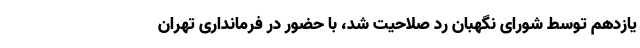
یازدهم توسط شورای نگهبان رد صلاحیت شد، با حضور در فرمانداری تهران